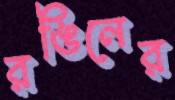
রঙিনের